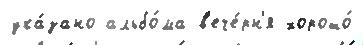
ука́зано альбо́ма в'ече́рн'я хорошо́